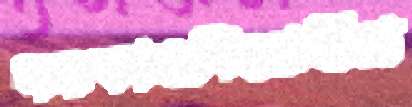
সরকারবিরোধীরা